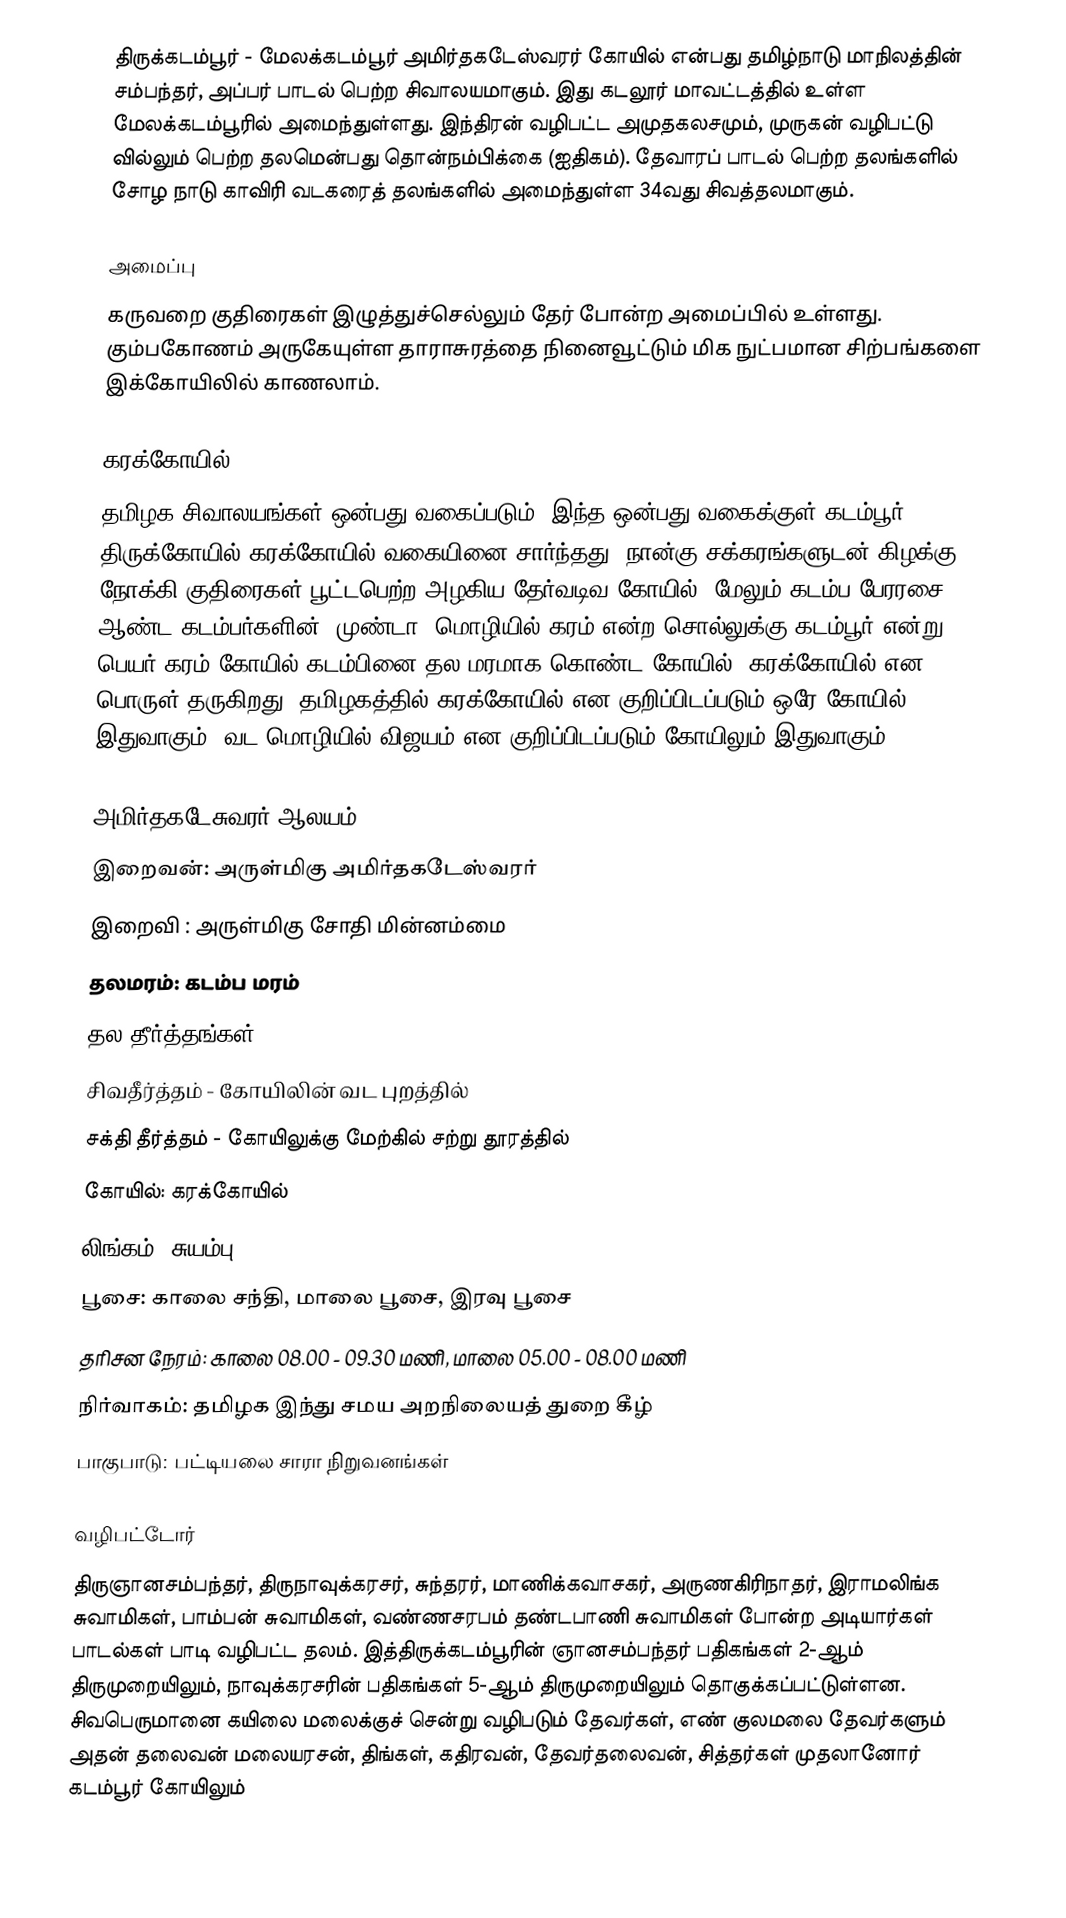
திருக்கடம்பூர் - மேலக்கடம்பூர் அமிர்தகடேஸ்வரர் கோயில் என்பது தமிழ்நாடு மாநிலத்தின் சம்பந்தர், அப்பர் பாடல் பெற்ற சிவாலயமாகும். இது கடலூர் மாவட்டத்தில் உள்ள மேலக்கடம்பூரில் அமைந்துள்ளது. இந்திரன் வழிபட்ட அமுதகலசமும், முருகன் வழிபட்டு வில்லும் பெற்ற தலமென்பது தொன்நம்பிக்கை (ஐதிகம்). தேவாரப் பாடல் பெற்ற தலங்களில் சோழ நாடு காவிரி வடகரைத் தலங்களில் அமைந்துள்ள 34வது சிவத்தலமாகும்.

அமைப்பு
கருவறை குதிரைகள் இழுத்துச்செல்லும் தேர் போன்ற அமைப்பில் உள்ளது. கும்பகோணம் அருகேயுள்ள தாராசுரத்தை நினைவூட்டும் மிக நுட்பமான சிற்பங்களை இக்கோயிலில் காணலாம்.

கரக்கோயில்
தமிழக சிவாலயங்கள் ஒன்பது வகைப்படும்; இந்த ஒன்பது வகைக்குள் கடம்பூர் திருக்கோயில் கரக்கோயில் வகையினை சார்ந்தது; நான்கு சக்கரங்களுடன் கிழக்கு நோக்கி குதிரைகள் பூட்டபெற்ற அழகிய தேர்வடிவ கோயில். மேலும் கடம்ப பேரரசை ஆண்ட கடம்பர்களின் “முண்டா” மொழியில் கரம் என்ற சொல்லுக்கு கடம்பூர் என்று பெயர் கரம்+கோயில் கடம்பினை தல மரமாக கொண்ட கோயில்= கரக்கோயில் என பொருள் தருகிறது. தமிழகத்தில் கரக்கோயில் என குறிப்பிடப்படும் ஒரே கோயில் இதுவாகும். வட மொழியில் விஜயம் என குறிப்பிடப்படும் கோயிலும் இதுவாகும்.

அமிர்தகடேசுவரர் ஆலயம்
 இறைவன்:  அருள்மிகு அமிர்தகடேஸ்வரர்
 இறைவி :  அருள்மிகு சோதி மின்னம்மை
 தலமரம்:   கடம்ப மரம்
 தல தீர்த்தங்கள்:
சிவதீர்த்தம் - கோயிலின் வட புறத்தில்
சக்தி தீர்த்தம் - கோயிலுக்கு மேற்கில் சற்று தூரத்தில்
 கோயில்: கரக்கோயில்
 லிங்கம்: சுயம்பு
 பூசை: காலை சந்தி, மாலை பூசை, இரவு பூசை
 தரிசன நேரம்: காலை 08.00 - 09.30 மணி, மாலை  05.00 - 08.00 மணி
 நிர்வாகம்: தமிழக இந்து சமய அறநிலையத் துறை கீழ்
 பாகுபாடு: பட்டியலை சாரா நிறுவனங்கள்

வழிபட்டோர்
திருஞானசம்பந்தர், திருநாவுக்கரசர், சுந்தரர், மாணிக்கவாசகர், அருணகிரிநாதர், இராமலிங்க சுவாமிகள், பாம்பன் சுவாமிகள், வண்ணசரபம் தண்டபாணி சுவாமிகள் போன்ற அடியார்கள் பாடல்கள் பாடி வழிபட்ட தலம். இத்திருக்கடம்பூரின் ஞானசம்பந்தர் பதிகங்கள் 2-ஆம் திருமுறையிலும், நாவுக்கரசரின் பதிகங்கள்  5-ஆம் திருமுறையிலும் தொகுக்கப்பட்டுள்ளன. சிவபெருமானை கயிலை மலைக்குச் சென்று வழிபடும் தேவர்கள், எண் குலமலை தேவர்களும் அதன் தலைவன் மலையரசன், திங்கள், கதிரவன், தேவர்தலைவன், சித்தர்கள் முதலானோர் கடம்பூர் கோயிலும்